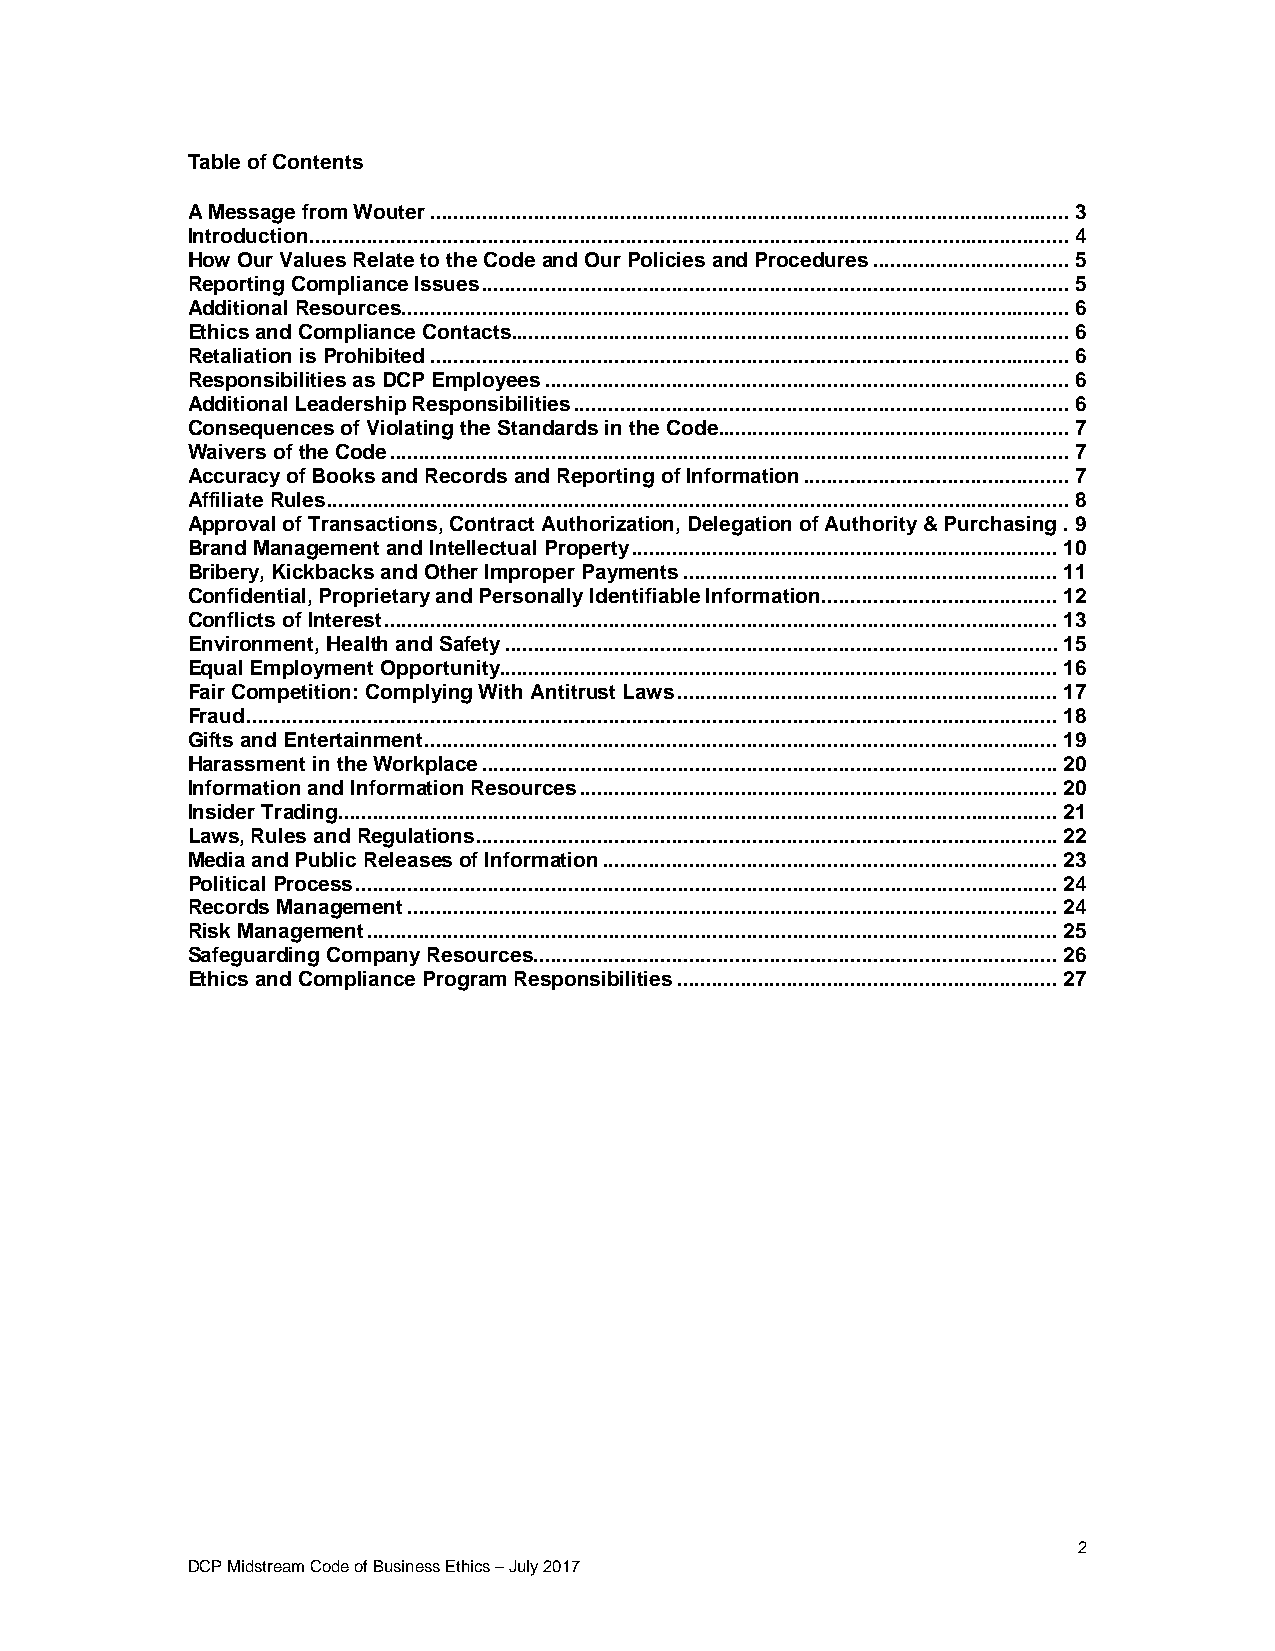
Table of Contents
 A Message from Wouter ............................................................................................................... 3
 Introduction .................................................................................................................................... 4
 How Our Values Relate to the Code and Our Policies and Procedures .................................. 5
 Reporting Compliance Issues ...................................................................................................... 5
 Additional Resources .................................................................................................................... 6
 Ethics and Compliance Contacts ................................................................................................. 6
 Retaliation is Prohibited ............................................................................................................... 6
 Responsibilities as DCP Employees ........................................................................................... 6
 Additional Leadership Responsibilities ...................................................................................... 6
 Consequences of Violating the Standards in the Code ............................................................. 7
 Waivers of the Code ...................................................................................................................... 7
 Accuracy of Books and Records and Reporting of Information .............................................. 7
 Affiliate Rules ................................................................................................................................. 8
 Approval of Transactions, Contract Authorization, Delegation of Authority & Purchasing . 9
 Brand Management and Intellectual Property .......................................................................... 10
 Bribery, Kickbacks and Other Improper Payments ................................................................. 11
 Confidential, Proprietary and Personally Identifiable Information ......................................... 12
 Conflicts of Interest ..................................................................................................................... 13
 Environment, Health and Safety ................................................................................................ 15
 Equal Employment Opportunity ................................................................................................. 16
 Fair Competition: Complying With Antitrust Laws .................................................................. 17
 Fraud ............................................................................................................................................. 18
 Gifts and Entertainment .............................................................................................................. 19
 Harassment in the Workplace .................................................................................................... 20
 Information and Information Resources ................................................................................... 20
 Insider Trading ............................................................................................................................. 21
 Laws, Rules and Regulations ..................................................................................................... 22
 Media and Public Releases of Information ............................................................................... 23
 Political Process .......................................................................................................................... 24
 Records Management ................................................................................................................. 24
 Risk Management ........................................................................................................................ 25
 Safeguarding Company Resources ........................................................................................... 26
 Ethics and Compliance Program Responsibilities .................................................................. 27
 2
 DCP Midstream Code of Business Ethics – July 2017